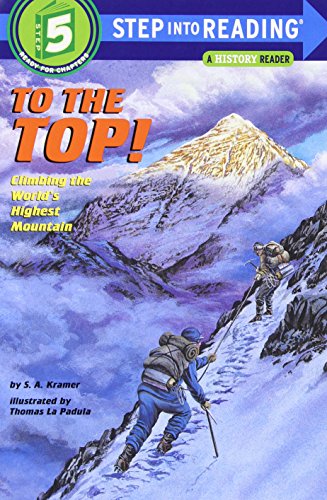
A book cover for To the Top! Climbing the World's Highest Mountain (Step-Into-Reading, Step 5); Sydelle Kramer; Children's Books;